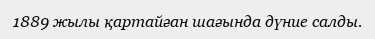
1889 жылы қартайған шағында дүние салды.